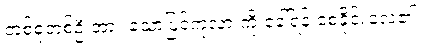
တစ်စုံတစ်ဦးအား သော့ပြင်ကုလားကို ခေါ်ရန် စေခိုင်းလေ၏။